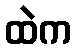
ထဲက